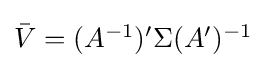
{\textstyle {\bar {V}}=(A^{-1})'\Sigma (A')^{-1}}